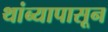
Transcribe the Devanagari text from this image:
थांब्यापासून